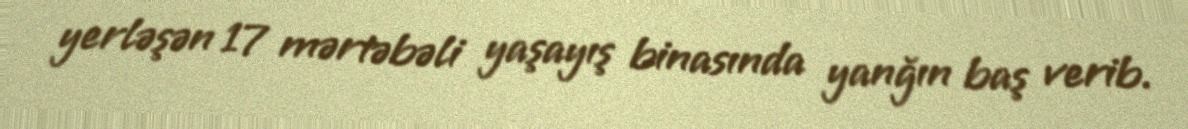
yerləşən 17 mərtəbəli yaşayış binasında yanğın baş verib.